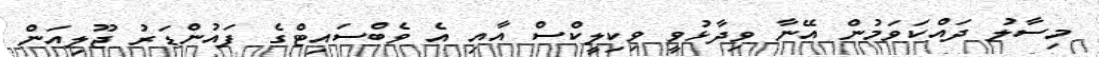
މިސާލު ދައްކަވަމުން އޭނާ ވިދާޅުވީ ވިކިލީކްސް އާއި އެ ވެބްސައިޓްގެ ފައުންޑަރު ޖޫލިއަން